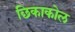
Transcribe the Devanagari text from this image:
छिकाकोल